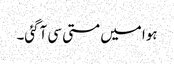
ہوا میں مستی سی آگئی۔